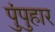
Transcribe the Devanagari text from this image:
पुंपुहार